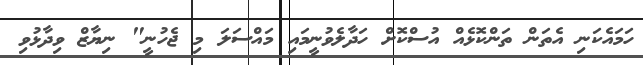
ހަމައެކަނި އެތަން ތަންކޮޅެއް އުސްކޮށް ހަދާލެވުނީމައި މައްސަލަ މި ޖެހުނީ" ނިޔާޒް ވިދާޅުވި